Leaving Certificate Examination, 1922
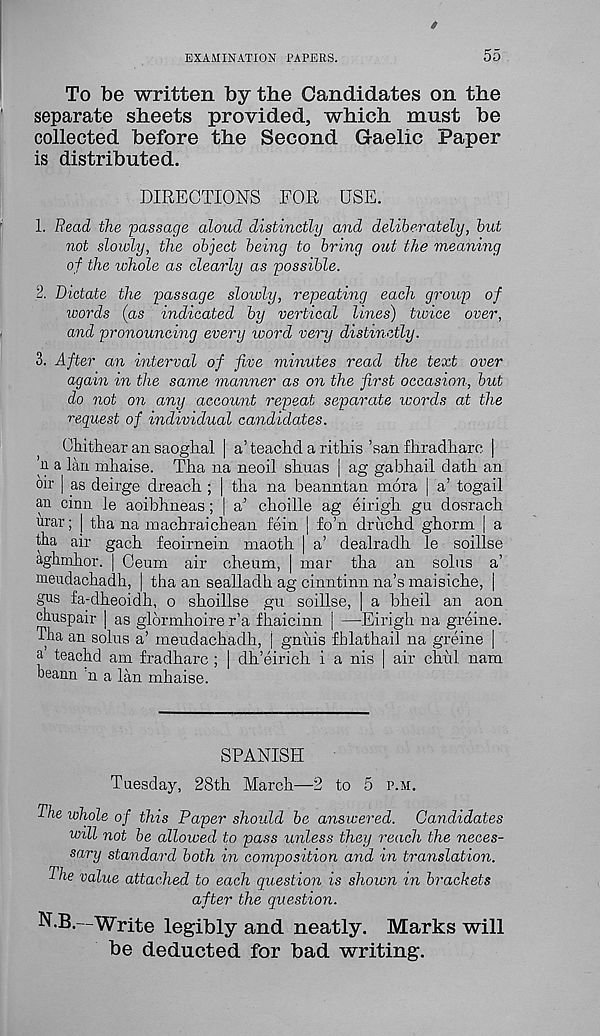
EXAMINATION PAPERS.
55
To be written by the Candidates on the
separate sheets provided, which must be
collected before the Second Gaelic Paper
is distributed.
DIRECTIONS FOR USE.
1. Read the 'passage aloud distinctly and deliberately, but
not slowly, the object being to bring out the meaning
of the whole as clearly as possible.
2. Dictate the passage slowly, repeating each group of
words (as indicated by vertical lines) twice over,
and pronouncing every word very distinctly.
3. After an interval of five minutes read the text over
again in the same manner as on the first occasion, but
do not on any account repeat separate words at the
reguest of individual candidates.
Ohithear an saoghal | a’ teachcl a rithis ’san fiiradharc |
n a Ian mhaise. Tha na neoil sliuas | ag gabliail dath an
oir | as deirge dreach.; | tha na beanntan mora | a’ togail
an cinn le aoibhneas; | a’ clioille ag eirigh gu dosracb
urar; j tha na machraichean fein | fo’n driichd ghorm | a
tha air gach feoirnein niaoth | a’ dealradh. le soillse
aghmhor. | Ceum air clieum, | mar tba an solus a’
meudachadh, | tha an sealladh ag cinntinn na’s maisichm |
gus fa-dheoidh, o shoillse gu soillse, | a bheil an aon
chuspair | as glormhoire r’a fhaicinn | —Eirigh na greine.
Tha an solus a’ meudachadh, j gnuis fhlathail na greine |
a teachd am fradharc ; | dh’eirich i a nis | air chul nam
beann n a lan mhaise.
SPANISH
Tuesday, 28th March—2 to 5 p.m.
The whole of this Paper should be answered. Candidates
will not be allowed to pass unless they reach the neces-
sary standard both in composition and in translation.
The value attached to each question is shown in brackets
after the question.
N.B.—Write legibly and neatly. Marks will
be deducted for bad writing.